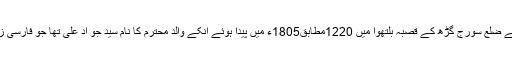
حضرت میاں صاحب صوبہ بہار کے ضلع سورج گڑھ کے قصبہ بلتھوا میں 1220مطابق1805ء میں پیدا ہوئے انکے والد محترم کا نام سید جو اد علی تھا جو فارسی زبان میں مہارت تامہ رکھتے تھے ۔